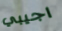
اجيبي